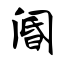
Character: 阍